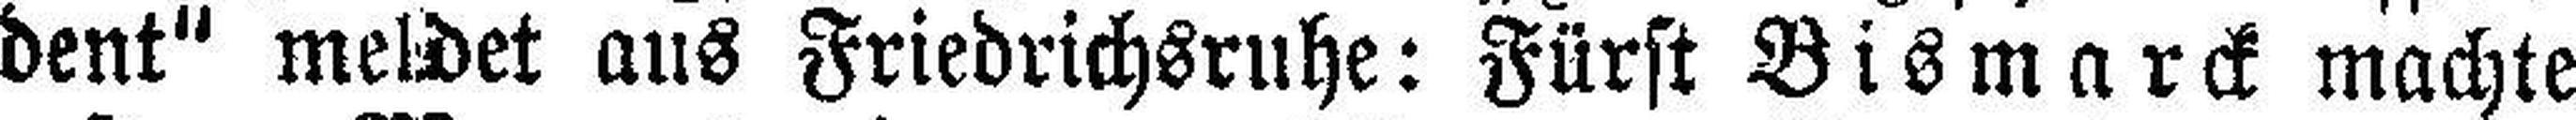
dent“ meldet aus Friedrichsruhe: Fürst Bismarck machte